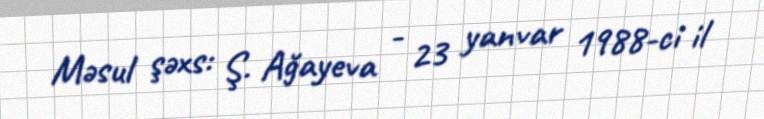
Məsul şəxs: Ş. Ağayeva - 23 yanvar 1988-ci il